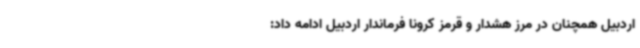
اردبیل همچنان در مرز هشدار و قرمز کرونا فرماندار اردبیل ادامه داد: